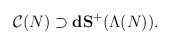
\begin{align*}{\cal C}(N) \supset\mathbf{dS^+}(\Lambda(N)).\end{align*}